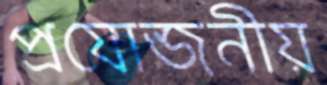
প্রযোজনীয়